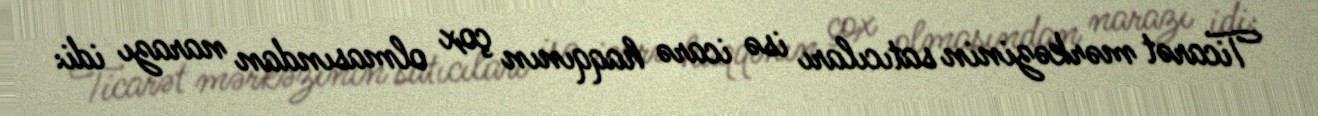
Ticarət mərkəzinin satıcıları isə icarə haqqının çox olmasından narazı idi: